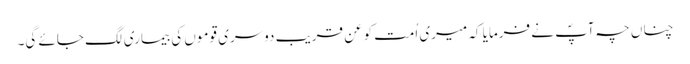
چناں چہ آپؐ نے فرمایا کہ میری اُمت کو عن قریب دوسری قوموں کی بیماری لگ جائے گی۔